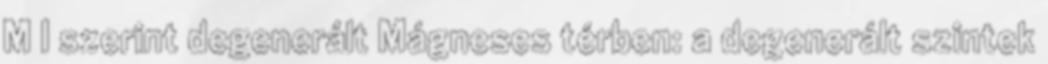
M I szerint degenerált Mágneses térben: a degenerált szintek